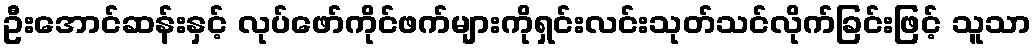
ဦးအောင်ဆန်းနှင့် လုပ်ဖော်ကိုင်ဖက်များကိုရှင်းလင်းသုတ်သင်လိုက်ခြင်းဖြင့် သူသာ